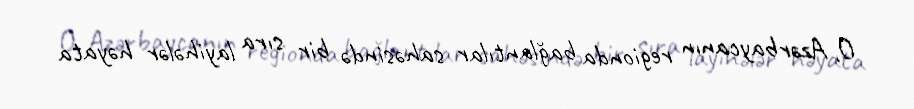
O, Azərbaycanın regionda bağlantılar sahəsində bir sıra layihələr həyata